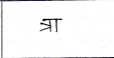
मजकूर: त्रा